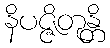
နိပဇ္ဇိတုန္တိ